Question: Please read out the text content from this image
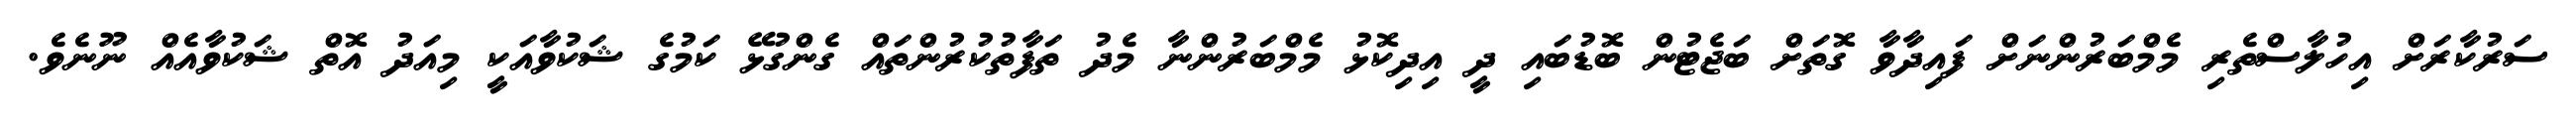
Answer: ސަރުކާރަށް އިހުލާސްތެރި މެމްބަރުންނަށް ފައިދާވާ ގޮތަށް ބަޖެޓުން ބޮޑުބައި ދީ އިދިކޮޅު މެމްބަރުންނާ މެދު ތަފާތުކުރުންތައް ގެންގުޅޭ ކަމުގެ ޝަކުވާއަކީ މިއަދު އޮތް ޝަކުވާއެއް ނޫނެވެ.